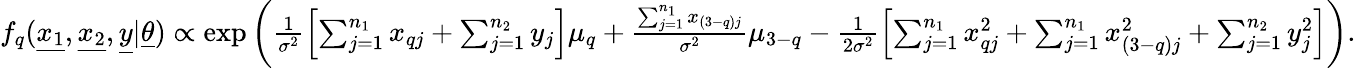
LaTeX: \begin{array}{r}{f_{q}(\underline{{x_{1}}},\underline{{x_{2}}},\underline{{y}}|\underline{{\theta}})\propto\exp\left(\frac{1}{\sigma^{2}}\left[\sum_{j=1}^{n_{1}}x_{qj}+\sum_{j=1}^{n_{2}}y_{j}\right]\mu_{q}+\frac{\sum_{j=1}^{n_{1}}x_{(3-q)j}}{\sigma^{2}}\mu_{3-q}-\frac{1}{2\sigma^{2}}\left[\sum_{j=1}^{n_{1}}x_{qj}^{2}+\sum_{j=1}^{n_{1}}x_{(3-q)j}^{2}+\sum_{j=1}^{n_{2}}y_{j}^{2}\right]\right).}\end{array}